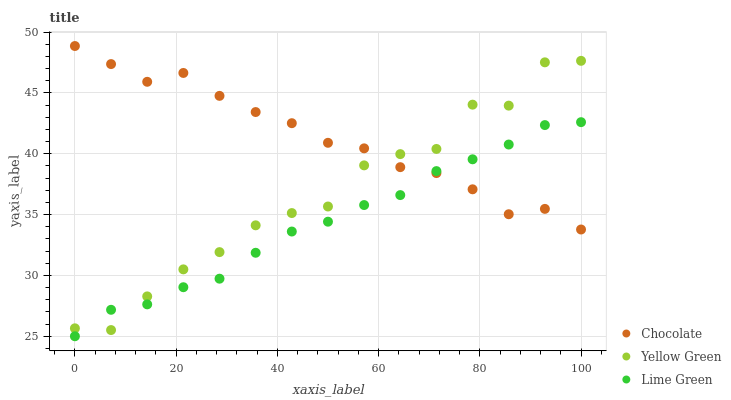
| xaxis_label | Chocolate | Yellow Green | Lime Green |
 | --- | --- | --- | --- |
 | 0 | 48.9 | 25.7 | 25 |
 | 7.14 | 47.4 | 25.5 | 27.2 |
 | 14.3 | 45.9 | 28.3 | 27.6 |
 | 21.4 | 46.6 | 30.5 | 29 |
 | 28.6 | 44.8 | 31.9 | 29.7 |
 | 35.7 | 43.4 | 34.1 | 31.9 |
 | 42.9 | 42.5 | 35.1 | 33.6 |
 | 50 | 40.9 | 35.7 | 34.4 |
 | 57.1 | 40.4 | 39 | 35.8 |
 | 64.3 | 38.9 | 40 | 36.6 |
 | 71.4 | 38.4 | 40.4 | 38.6 |
 | 78.6 | 37.1 | 44 | 39.5 |
 | 85.7 | 35 | 44 | 40.8 |
 | 92.9 | 35.5 | 47.5 | 42.4 |
 | 100 | 33.8 | 47.6 | 42.6 |